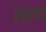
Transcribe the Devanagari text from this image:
सरप